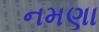
નમણા